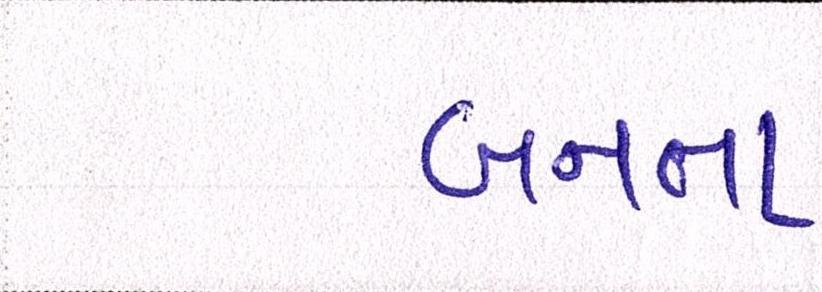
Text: બનતા